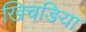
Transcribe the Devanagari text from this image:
खिचङिया